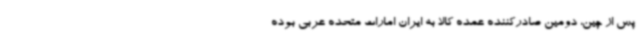
پس از چین، دومین صادرکننده عمده کالا به ایران امارات متحده عربی بوده